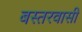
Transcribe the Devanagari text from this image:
बस्तरवासी